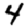
Digit: 4